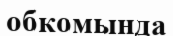
обкомында